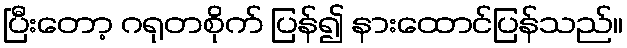
ပြီးတော့ ဂရုတစိုက် ပြန်၍ နားထောင်ပြန်သည်။